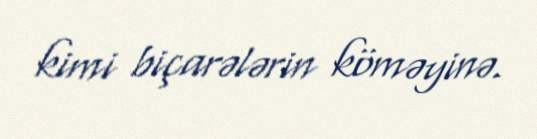
kimi biçarələrin köməyinə.